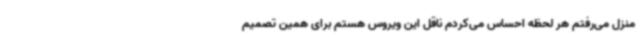
منزل می‌رفتم هر لحظه احساس می‌کردم ناقل این ویروس هستم برای همین تصمیم